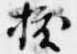
抜